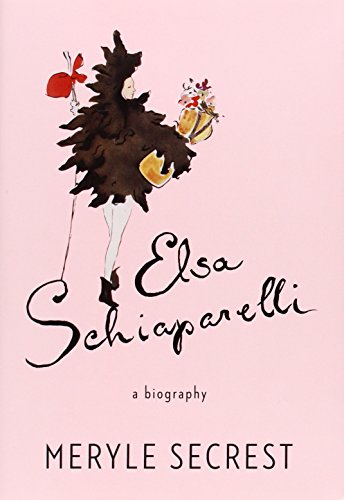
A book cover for Elsa Schiaparelli: A Biography; Meryle Secrest; Arts & Photography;